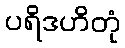
ပရိဒဟိတုံ